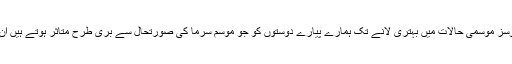
ڈائریکٹوریٹ آف ویٹرنری سروسز موسمی حالات میں بہتری لانے تک ہمارے پیارے دوستوں کو جو موسم سرما کی صورتحال سے بری طرح متاثر ہوتے ہیں ان کو کھانا فراہم کرتی رہے گی۔